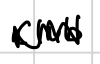
Text: Club
Cross-out: mix
Writing tool: digital_black